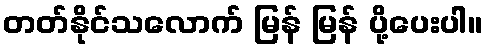
တတ်နိုင်သလောက် မြန် မြန် ပို့ပေးပါ။